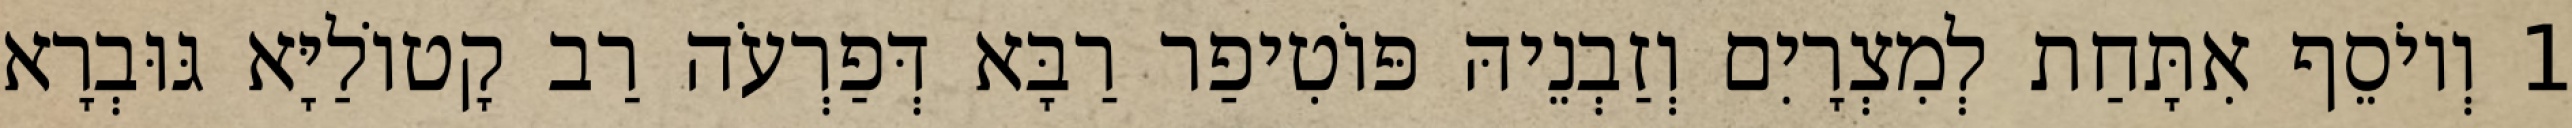
1 וְיוֹסֵף אִתָּחַת לְמִצְרָיִם וְזַבְנֵיהּ פּוֹטִיפַר רַבָּא דְּפַרְעֹה רַב קָטוֹלַיָּא גּוּבְרָא